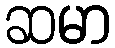
ဆမာ